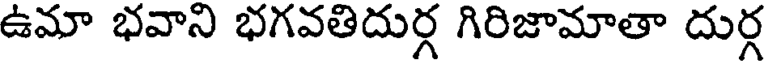
ఉమా భవాని భగవతిదుర్గ గిరిజామాతా దుర్గ